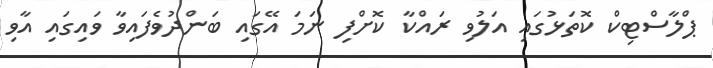
ޕްލާސްޓިކް ކޮތަޅުގައި އަލުވި ރައްކާ ކޮށްފި ނަމަ އޭގައި ބަންދުވެފައިވާ ވައިގައި އާވި